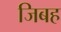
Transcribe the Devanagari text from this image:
जिबह